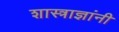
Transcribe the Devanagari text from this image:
शास्त्राज्ञांनी